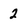
Character: 2